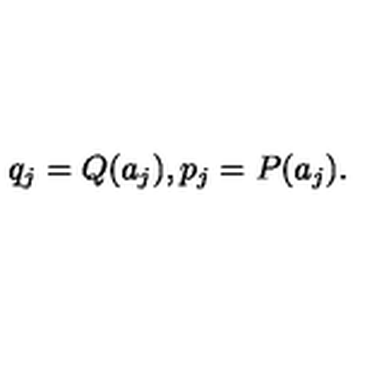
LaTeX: q _ { j } = Q ( a _ { j } ) , p _ { j } = P ( a _ { j } ) .